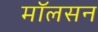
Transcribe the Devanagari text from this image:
मॉलसन